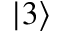
| 3 \rangle